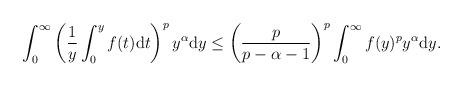
LaTeX: \begin{align*} \int_0^\infty \left(\frac{1}{y}\int_0^y f(t){\rm d}t\right)^p y^\alpha {\rm d}y \leq \left(\frac{p}{p-\alpha-1}\right)^p\int_0^\infty f(y)^p y^\alpha {\rm d}y.\end{align*}